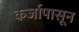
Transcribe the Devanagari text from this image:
कर्जापासून